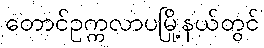
တောင်ဥက္ကလာပမြို့နယ်တွင်